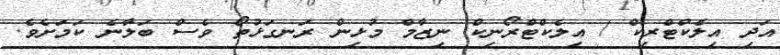
އަދި އިލެކްޓްރިކް / އިލެކްޓްރޯނިކް ނިޒާމް މުޅިން ރަނގަޅުތޯ ވެސް ބަލާނެ ކަމަށެވެ.